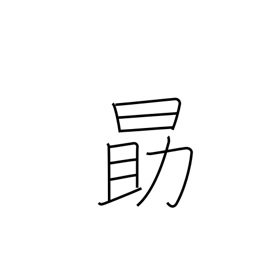
Meaning: be diligent